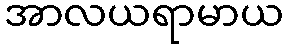
အာလယရာမာယ